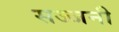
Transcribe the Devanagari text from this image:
सज्जनी